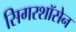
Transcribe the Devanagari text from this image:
सिगरशॉसेन